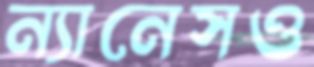
ন্যানেসও